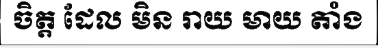
ចិត្ត ដែល មិន រាយ មាយ តាំង